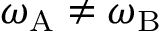
\omega _ { \mathrm { A } } \ne \omega _ { \mathrm { B } }